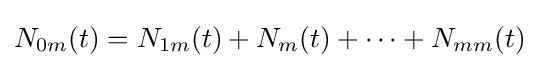
N_{0m}(t)=N_{1m}(t)+N_{m}(t)+\cdots +N_{mm}(t)